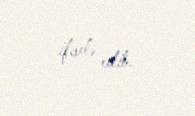
ifadə edib.